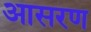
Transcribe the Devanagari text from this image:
आसरण